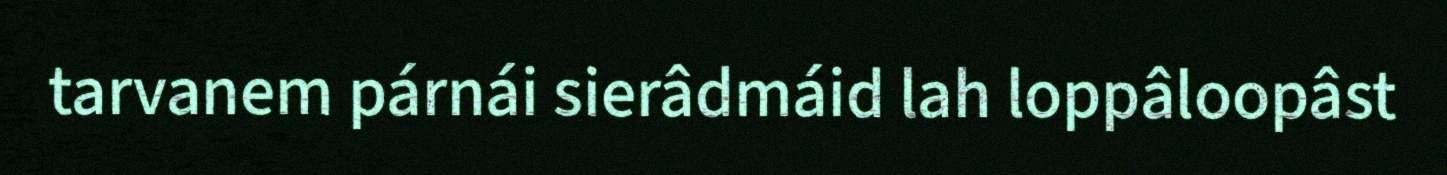
tarvanem párnái sierâdmáid lah loppâloopâst